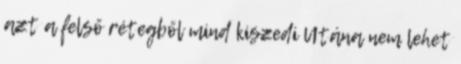
azt a felső rétegből mind kiszedi Utána nem lehet